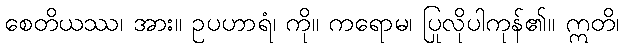
စေတိယဿ၊ အား။ ဥပဟာရံ၊ ကို။ ကရောမ၊ ပြုလိုပါကုန်၏။ ဣတိ၊